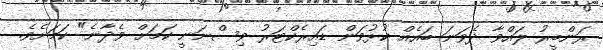
ރަންބީރު ލައްވާ ދެވަނަ ބައެއް ކުޅުވަން ޑައިރެކްޓަރު ވިސްނަނީ ކަމަށް ވެދާނެ" ކަމަށެވެ.